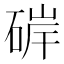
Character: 硸